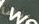
عندما